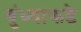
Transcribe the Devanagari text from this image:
बुंध्याकडे